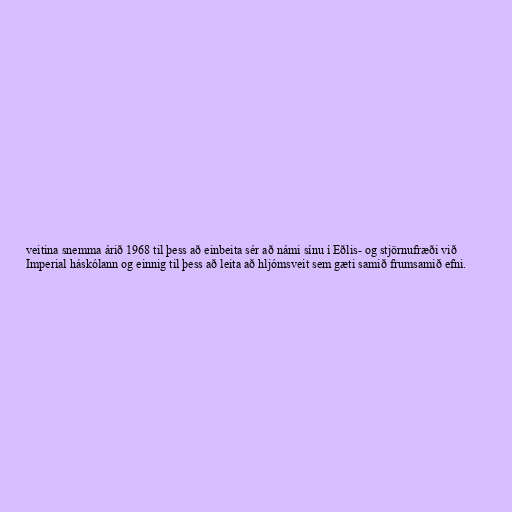
veitina snemma árið 1968 til þess að einbeita sér að námi sínu í Eðlis- og stjörnufræði við
Imperial háskólann og einnig til þess að leita að hljómsveit sem gæti samið frumsamið efni.